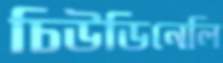
চিউডিনেলি